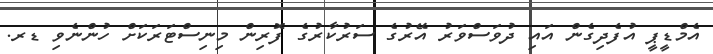
އެމްޑީޕީ އުފެދިގެން އައި ދުވަސްވަރު އޭރުގެ ސަރުކާރުގެ ފޮރިން މިނިސްޓަރަކަށް ހުންނެވި ޑރ.